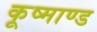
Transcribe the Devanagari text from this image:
कूष्माण्ड